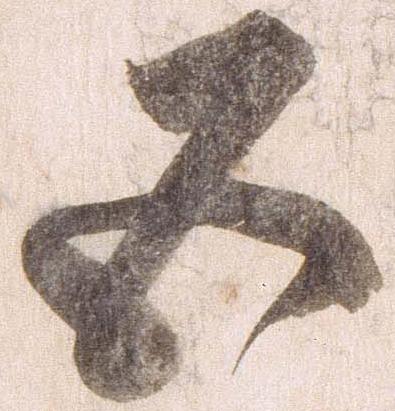
五